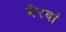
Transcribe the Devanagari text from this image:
मैरवां